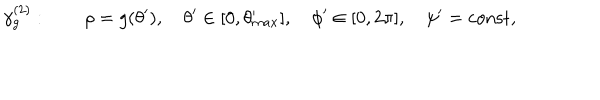
\gamma _ { g } ^ { ( 2 ) } : \quad \quad \rho = g ( \theta ^ { \prime } ) , \quad \theta ^ { \prime } \in [ 0 , \theta _ { m a x } ^ { \prime } ] , \quad \phi ^ { \prime } \in [ 0 , 2 \pi ] , \quad \psi ^ { \prime } = \mathrm { c o n s t } ,